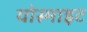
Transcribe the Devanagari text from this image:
योस्माइट